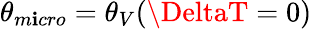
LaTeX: \theta_{m\mathbf{i}cro}=\theta_{V}(\DeltaT=0)